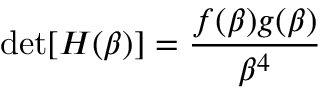
\operatorname* { d e t } [ H ( \beta ) ] = \frac { f ( \beta ) g ( \beta ) } { \beta ^ { 4 } }